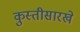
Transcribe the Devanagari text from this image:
कुस्तीसारखे